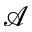
\mathcal { A }